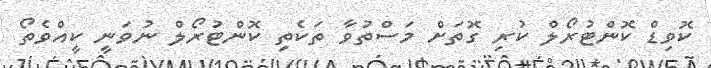
ކޮވިޑް ކޮންޓުރޯލް ކުރި ގޮތަށް މަސްތުވާ ތަކެތި ކޮންޓުރޯލް ނުވަނީ ކީއްވެތޯ